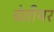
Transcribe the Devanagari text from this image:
चेतीयर